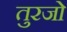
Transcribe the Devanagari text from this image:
तुरजो